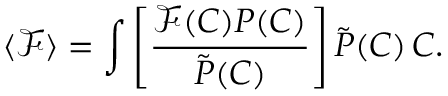
\langle \mathcal { F } \rangle = \int \left[ \frac { \mathcal { F } ( C ) P ( C ) } { \tilde { P } ( C ) } \right] \tilde { P } ( C ) \, \d C .